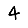
Digit: 4